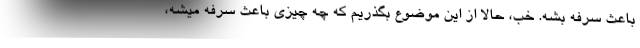
باعث سرفه بشه. خب، حالا از این موضوع بگذریم که چه چیزی باعث سرفه میشه،